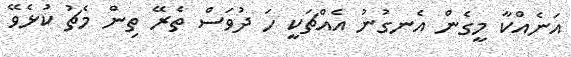
އަނެއްކާ މީގެން އެނގުނު އެއްޗަކީ ހަ ދުވަސް ތެރޭ ތިން މެޗު ކުޅެވޭ